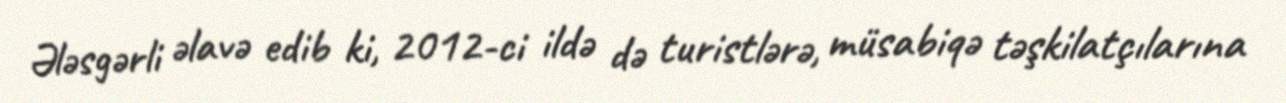
Ələsgərli əlavə edib ki, 2012-ci ildə də turistlərə, müsabiqə təşkilatçılarına